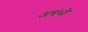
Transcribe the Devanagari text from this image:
अचंभो